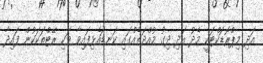
އަދި މިޕްރޮޑަކްޓަކީ މެދު އަދި ދިގު މުއްދަތެއްގައި ކަނޑައެޅިފައިވާ ވަކި ރޭޓްތަކަކުން ފައިދާ